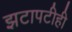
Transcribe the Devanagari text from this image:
झटापटीही